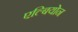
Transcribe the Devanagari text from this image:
एल्बियोन